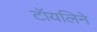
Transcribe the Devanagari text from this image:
टॉयलिने